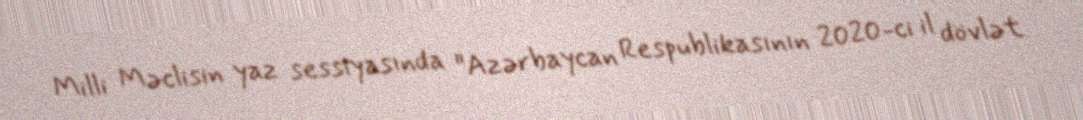
Milli Məclisin yaz sessiyasında "Azərbaycan Respublikasının 2020-ci il dövlət